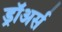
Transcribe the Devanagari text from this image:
ड्रॉअर्स